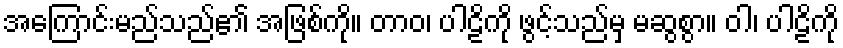
အကြောင်းမည်သည်၏ အဖြစ်ကို။ တာဝ၊ ပါဠိကို ဖွင့်သည်မှ မဆွစွာ။ ဝါ၊ ပါဠိကို